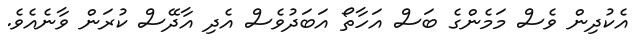
އެކުދިން ވެސް މަމެންގެ ބަސް އަހާތޯ އަބަދުވެސް އެދި އާދޭސް ކުރަން ވާނެއެވެ.